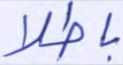
باطلا